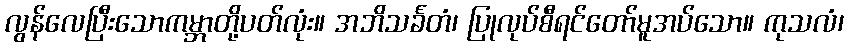
လွန်လေပြီးသောကမ္ဘာတို့ပတ်လုံး။ အဘိသင်္ခတံ၊ ပြုလုပ်စီရင်တော်မူအပ်သော။ ကုသလံ၊